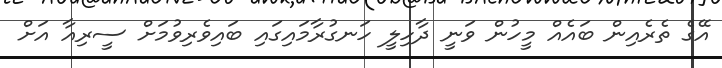
އޭގެ ތެރެއިން ބައެއް މީހުން ވަނީ ދާހިލީ ހަނގުރާމައިގައި ބައިވެރިވުމަށް ސީރިއާ އަށް